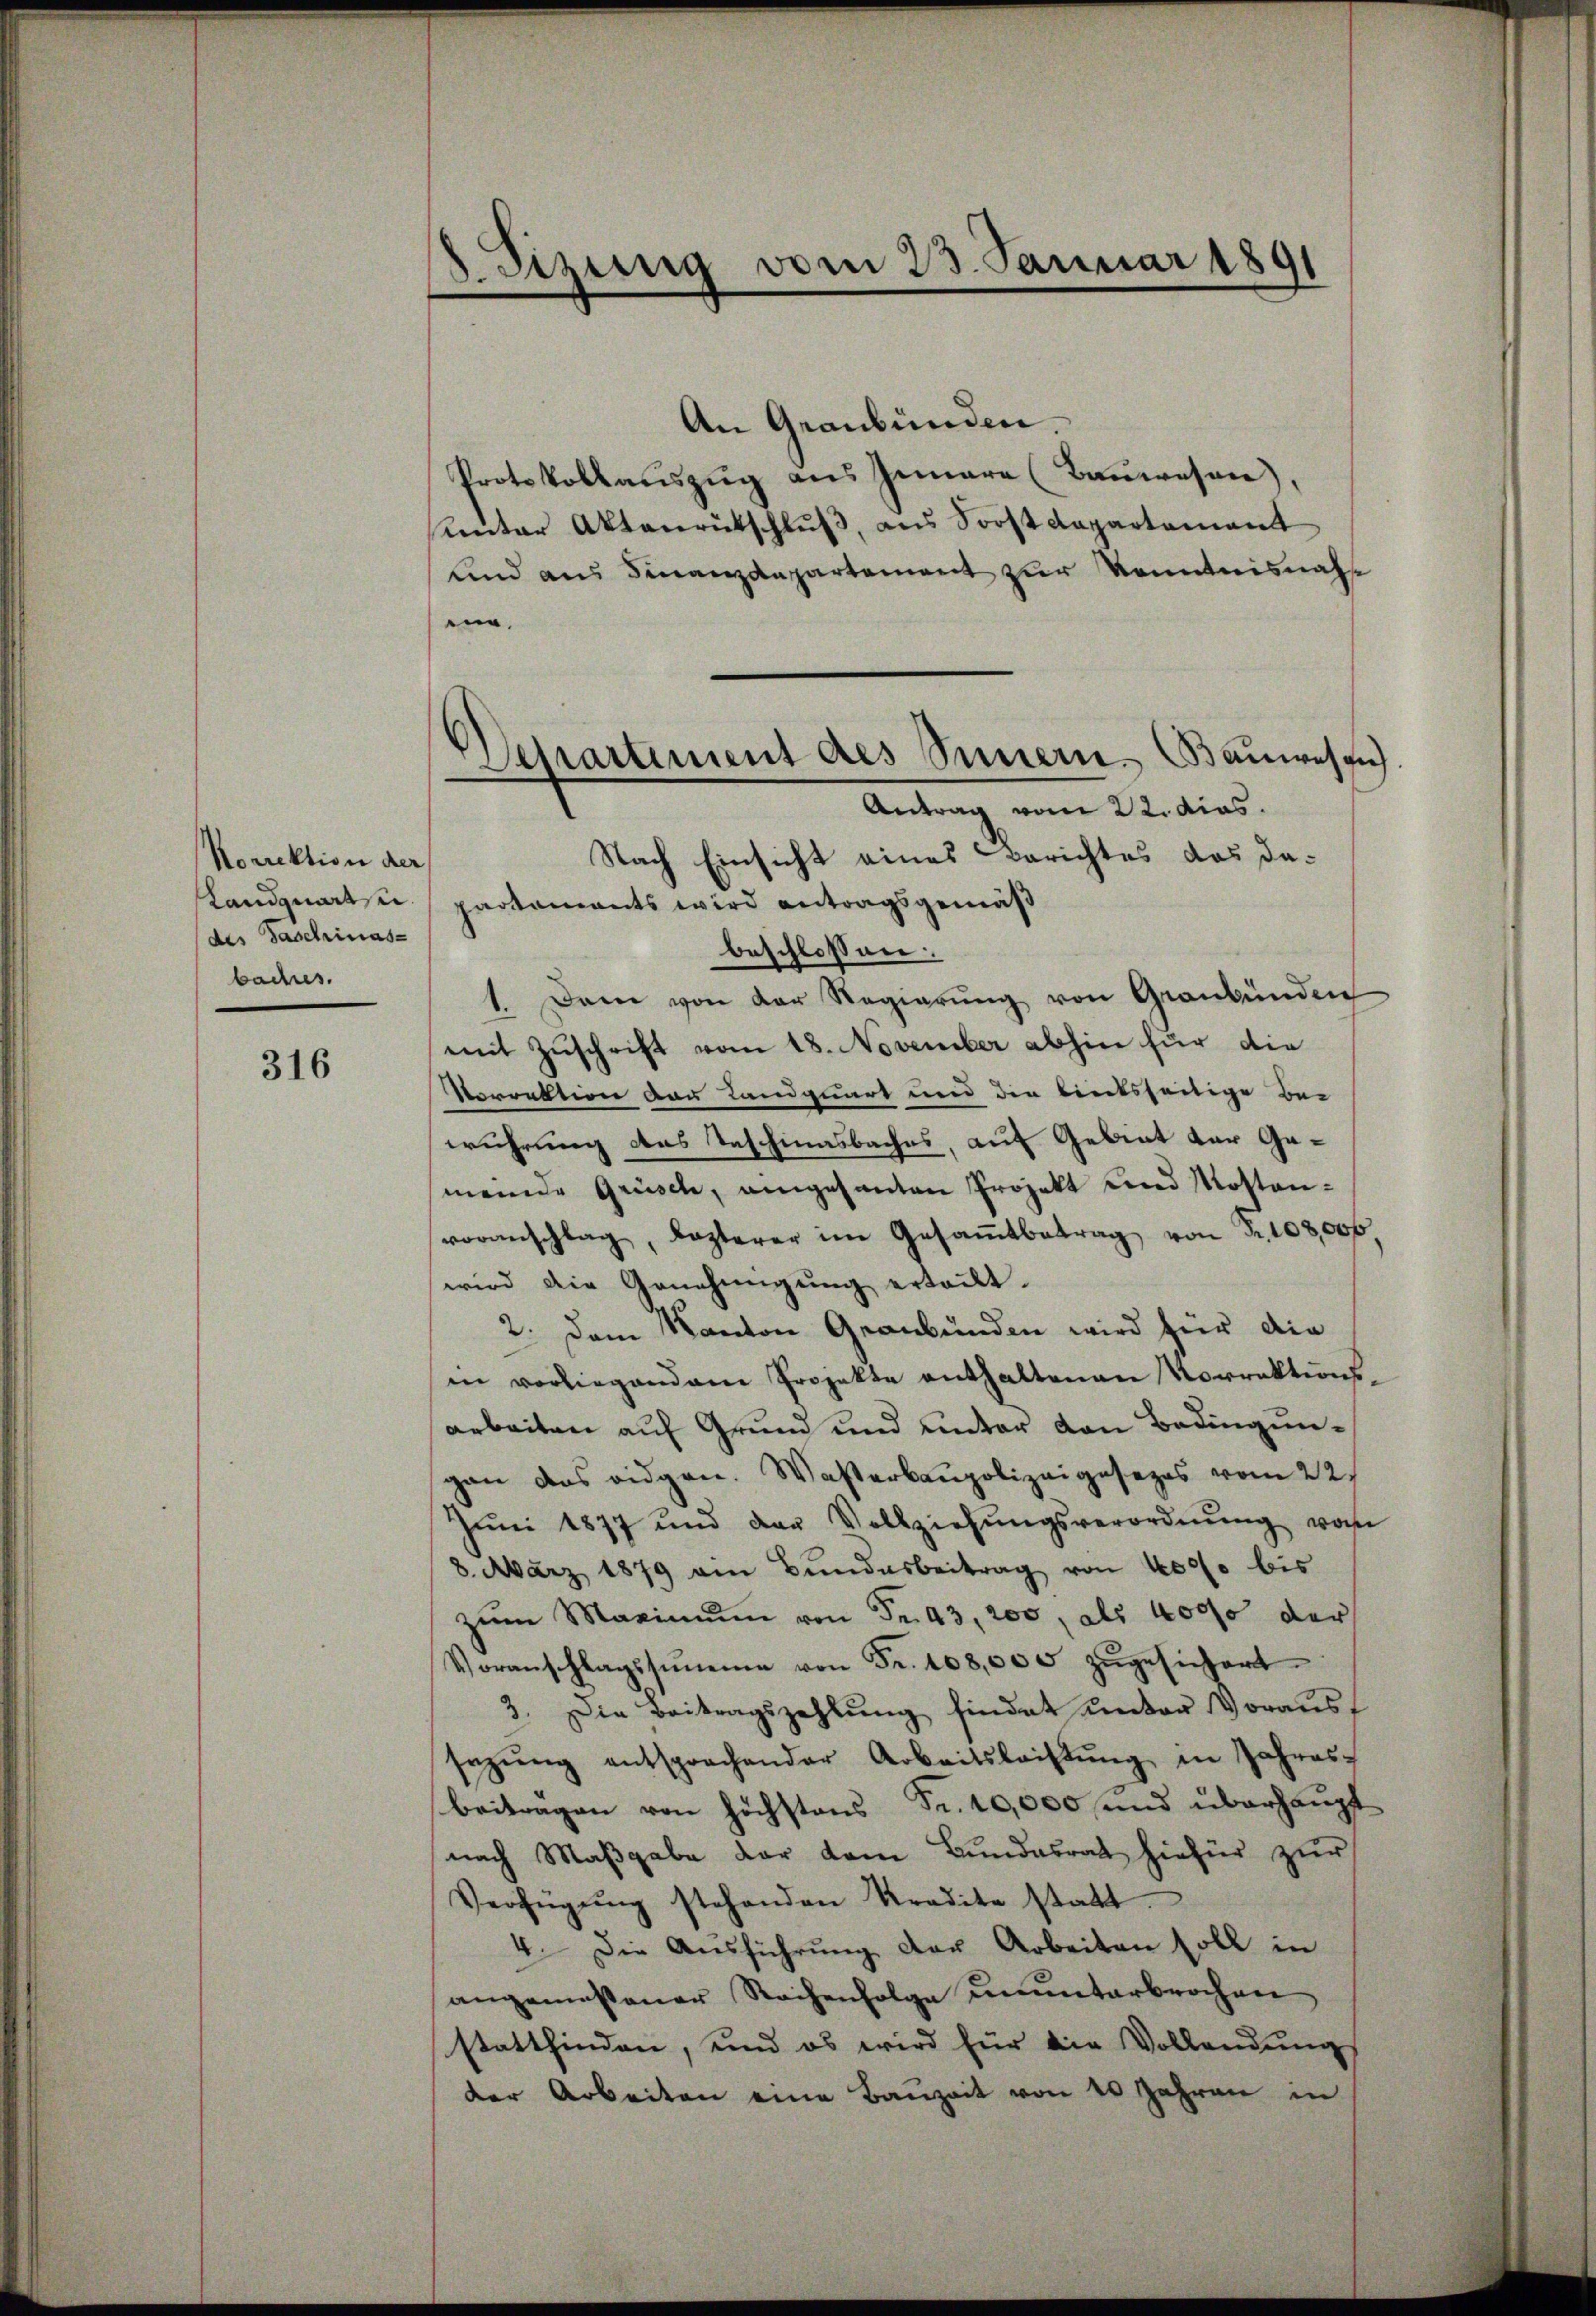
Norrektion der
Landquarti
des Paschinas-
baches.

316

d. Sizung vom 23. Januar 1891

Separtement des Innern. Baŭwesen
Antrag vom 22. dies

An Graubünden.
Protokollauszug aus Innere (Bauwesen
Kuter Aktenrütschluß, aus Sonst Repartement
und aus Finanzdepartement zur Kenntnisnah¬
.
Nach Einsicht eines Berichtes das dapartements wird antragsgemäß
beschlossen:
1. Dem von der Regierŭng von Graubünden
mit Zuschrift vom 18. November abhin für die
Vorrektion von Landpuart und die bintsseitige bei
wuhrung des Taschinasbaches, auf Gebiet der Gemeinde Grüsch, angesanten Projekt und Mostanvoranschlag, lezterer im Gesaṁtbetrag von Fr. 108,000,
wird die Genehmigŭng erteilt.
2. Dem Kanton Graubünden wird für die
in vorliegendem Projekte enthaltenen Vorrektionsarbeiten auf Grund und unter den Bedingungan das eidgen. Wasterbaupolizeigesezes vom 22.
Jŭni 1877 und der Vollziehŭngsverordnŭng vom
8. März 1879 am Bŭndesbeitrag von 4000 bis
zŭm Maximŭm von Fr. 43, 200, als 4000 der
Voranschlagssumme von Fr. 108,000 zŭgesichert
3. Die Beitragszahlŭng findet unter Vorausf
sezŭng entsprochender Arbeitsleistŭng in Jahres-
Beitragen von höchstens Fr. 10,000 und überhaupt
nach Maßgabe der dem Bundesrat hiefür zur
Verfügŭng stehenden Kredite statt.
4. Die Aŭsführŭng der Arbeiten soll in
angemessener Rachenfolge ununterbrochen
stattfinden, und es wird für die Vollendŭngs
der Arbeiten eine Bauzeit von es Jahren in